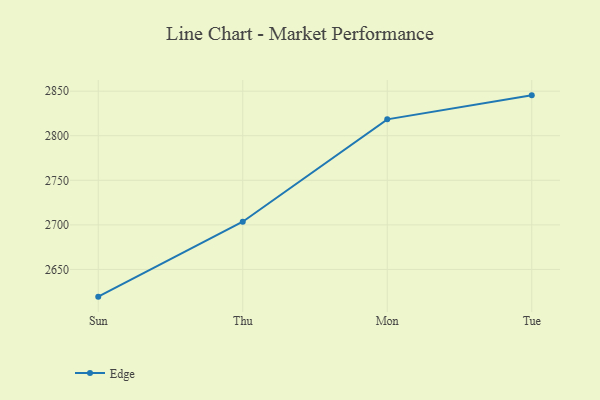
{"axis": {"x": "Day", "y": "Conversion Rate (%)"}, "legend": ["Edge"], "data": [{"x": "Sun", "y": 2619.5, "type": "Edge"}, {"x": "Thu", "y": 2703.5, "type": "Edge"}, {"x": "Mon", "y": 2818.4, "type": "Edge"}, {"x": "Tue", "y": 2845.3, "type": "Edge"}]}